Civil Veterinary Department ledger series I-VI
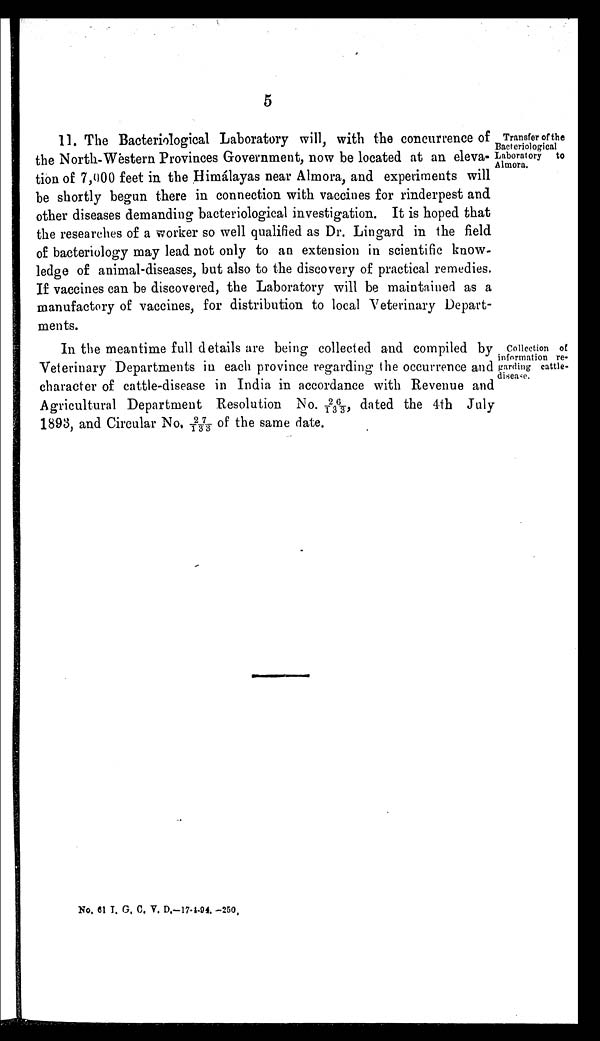
5
Transfer of the
Bacteriological
Laboratory
to
Almora.
11. The Bacteriological Laboratory will, with the concurrence of
the North-Western Provinces Government, now be located at an eleva-
tion of 7,000 feet in the Himálayas near Almora, and experiments will
be shortly begun there in connection with vaccines for rinderpest and
other diseases demanding bacteriological investigation. It is hoped that
the researches of a worker so well qualified as Dr. Lingard in the field
of bacteriology may lead not only to an extension in scientific know-
ledge of animal-diseases, but also to the discovery of practical remedies.
If vaccines can be discovered, the Laboratory will be maintained as a
manufactory of vaccines, for distribution to local Veterinary Depart-
ments.
Collection of
information re-
garding cattle-
disease.
In the meantime full details are being collected and compiled by
Veterinary Departments in each province regarding the occurrence and
character of cattle-disease in India in accordance with Revenue and
Agricultural Department Resolution No. 26/133, dated the 4th July
1893, and Circular No. 27/133 of the same date.
No. 61 I. G. C. V. D.-17-4-94. -250,